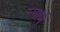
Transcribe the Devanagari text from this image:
स्मार्ण